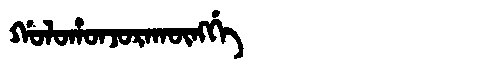
Manchu: ᡤᠣᠯᠣᡥᠣᠨᠵᠣᡵᠠᡴᡡᠩᡤᡝ
Romanization: GOLOHONJORAKŪNGGE